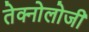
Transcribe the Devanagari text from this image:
तेक्नोलोजी